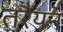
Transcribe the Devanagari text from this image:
तरैयन